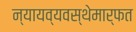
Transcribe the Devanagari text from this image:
न्यायव्यवस्थेमार्फत